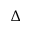
\Delta